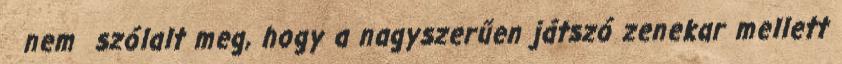
nem szólalt meg, hogy a nagyszerűen játszó zenekar mellett